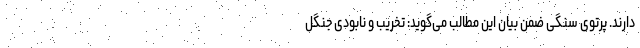
دارند. پرتوی سنگی ضمن بیان این‌ مطالب می‌گوید: تخریب و نابودی جنگل